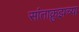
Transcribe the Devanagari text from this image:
सांताक्रुझच्या